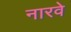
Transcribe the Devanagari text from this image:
नारवे